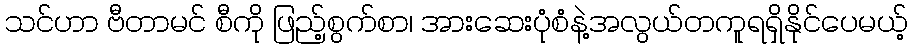
သင်ဟာ ဗီတာမင် စီကို ဖြည့်စွက်စာ၊ အားဆေးပုံစံနဲ့အလွယ်တကူရရှိနိုင်ပေမယ့်